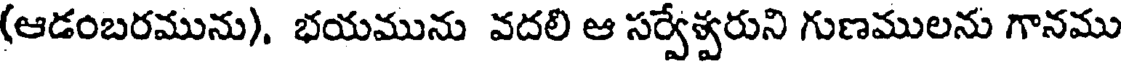
(ఆడంబరమును), భయమును వదలి ఆ సర్వేశ్వరుని గుణములను గానము